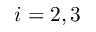
i = 2 , 3